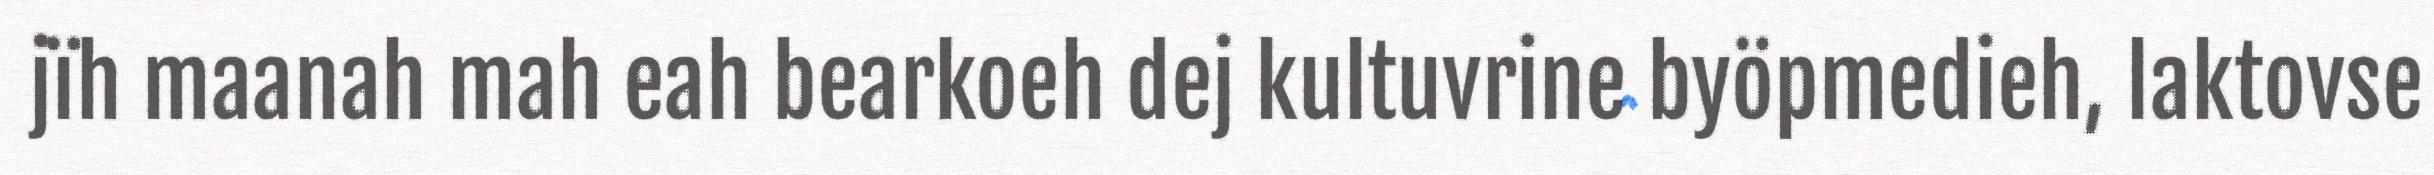
jïh maanah mah eah bearkoeh dej kultuvrine byöpmedieh, laktovse